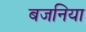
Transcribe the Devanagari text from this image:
बजनिया